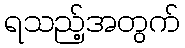
ရသည့်အတွက်